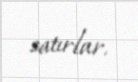
satırlar.